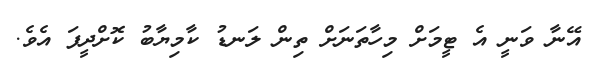
އޭނާ ވަނީ އެ ޓީމަށް މިހާތަނަށް ތިން ލަނޑު ކާމިޔާބު ކޮށްދީފަ އެވެ.